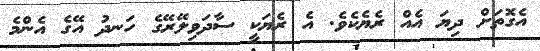
އެގޮތަށް ދިޔަ އެއް ރެޔެކެވެ. އެ ރެޔަކީ ސާދަވިލޭރޭގެ ހަނދު އޭގެ އެންމެ